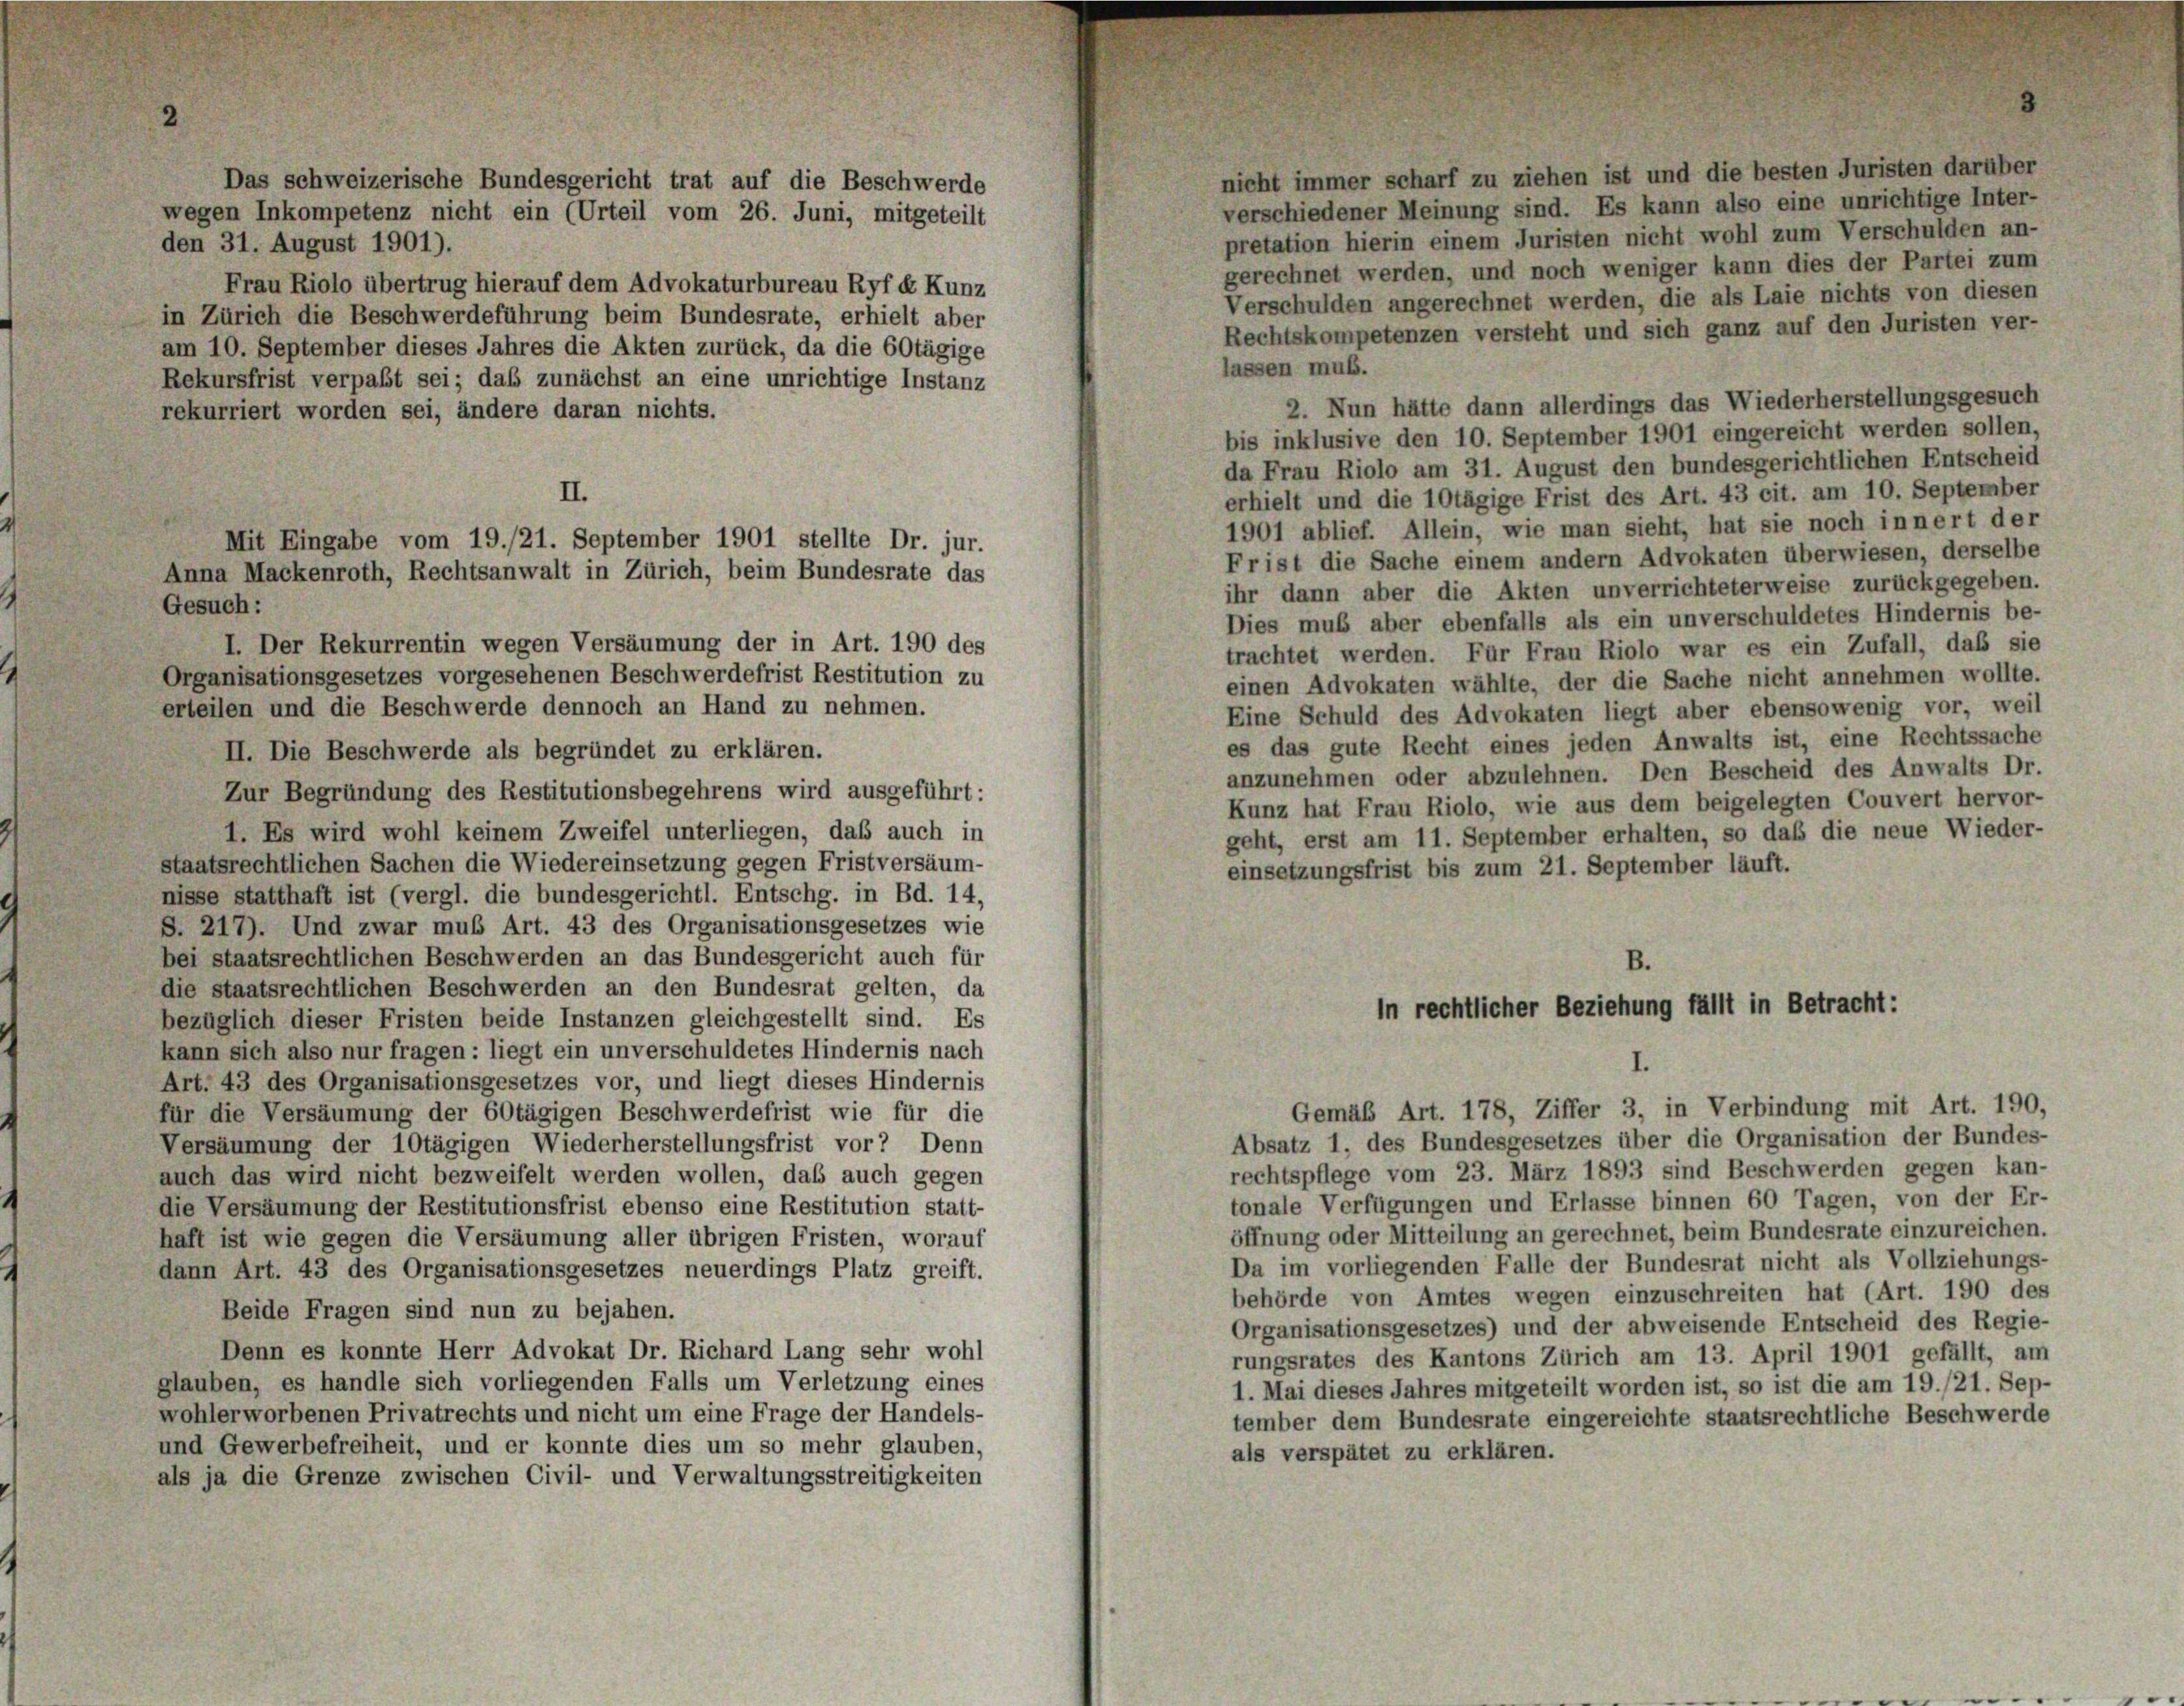
nicht immer scharf zu ziehen ist und die besten Juristen darüber
Das schweizerische Bundesgericht trat auf die Beschwerde
verschiedener Meinung sind. Es kann also eine unrichtige Inter-
wegen Inkompetenz nicht ein (Urteil vom 26. Juni, mitgeteilt
pretation hierin einem Juristen nicht wohl zum Verschulden an-
den 31. August 1901).
gerechnet werden, und noch weniger kann dies der Partei zum
Frau Riolo übertrug hierauf dem Advokaturbureau Ryf e Kunz
Verschulden angerechnet werden, die als Laie nichts von diesen
in Zürich die Beschwerdeführung beim Bundesrate, erhielt aber
Rechtskompetenzen versteht und sich ganz auf den Juristen ver-
am 10. September dieses Jahres die Akten zurück, da die 60tägige
lassen muß.
Rekursfrist verpaßt sei; das zunächst an eine unrichtige Instanz
2. Nun hätte dann allerdings das Wiederherstellungsgesuch
rekurriert worden sei, ändere daran nichts.
bis inklusive den 10. September 1901 eingereicht werden sollen,
da Frau Riolo am 31. August den bundesgerichtlichen Entscheid
II.
erhielt und die 10tägige Frist des Art. 43 cit. am 10. September
1901 ablief. Allein, wie man sieht, hat sie noch innert der
Frist die Sache einem andern Advokaten überwiesen, derselbe
Anna Mackenroth, Rechtsanwalt in Zürich, beim Bundesrate das
ihr dann aber die Akten unverrichteterweise zurückgegeben.
Gesuch:
Dies muß aber ebenfalls als ein unverschuldetes Hindernis be-
I. Der Rekurrentin wegen Versäumung der in Art. 190 des
trachtet werden. Für Frau Riolo war es ein Zufall, daß sie
Organisationsgesetzes vorgesehenen Beschwerdefrist Restitution zu
einen Advokaten wählte, der die Sache nicht annehmen wollte.
erteilen und die Beschwerde dennoch an Hand zu nehmen.
Eine Schuld des Advokaten liegt aber ebensowenig vor, weil
es das gute Recht eines jeden Anwalts ist, eine Rechtssache
II. Die Beschwerde als begründet zu erklären.
anzunehmen oder abzulehnen. Den Bescheid des Anwalts Dr.
Zur Begründung des Restitutionsbegehrens wird ausgeführt:
Kunz hat Frau Riolo, wie aus dem beigelegten Couvert hervor-
1. Es wird wohl keinem Zweifel unterliegen, daß auch in
geht, erst am 11. September erhalten, so daß die neue Wieder-
staatsrechtlichen Sachen die Wiedereinsetzung gegen Fristversäum-
einsetzungsfrist bis zum 21. September läuft.
nisse statthaft ist (vergl. die bundesgerichtl. Entschg. in Bd. 14,
S. 217). Und zwar muß Art. 43 des Organisationsgesetzes wie
bei staatsrechtlichen Beschwerden an das Bundesgericht auch für
B.
die staatsrechtlichen Beschwerden an den Bundesrat gelten, da
in rechtlicher Beziehung fällt in Betracht:
bezüglich dieser Fristen beide Instanzen gleichgestellt sind. Es
kann sich also nur fragen: liegt ein unverschuldetes Hindernis nach
Art. 43 des Organisationsgesetzes vor, und liegt dieses Hindernis
Gemäß Art. 178, Ziffer 3, in Verbindung mit Art. 190,
für die Versäumung der 60tägigen Beschwerdefrist wie für die
Absatz 1, des Bundesgesetzes über die Organisation der Bundes-
Versäumung der 10tägigen Wiederherstellungsfrist vor? Denn
rechtspflege vom 23. März 1893 sind Beschwerden gegen kan-
auch das wird nicht bezweifelt werden wollen, daß auch gegen
tonale Verfügungen und Erlasse binnen 60 Tagen, von der Er-
die Versäumung der Restitutionsfrist ebenso eine Restitution statt-
öffnung oder Mitteilung an gerechnet, beim Bundesrate einzureichen.
haft ist wie gegen die Versäumung aller übrigen Fristen, worauf
Da im vorliegenden Falle der Bundesrat nicht als Vollziehungs-
dann Art. 43 des Organisationsgesetzes neuerdings Platz greift.
behörde von Amtes wegen einzuschreiten hat (Art. 190 des
Beide Fragen sind nun zu bejahen.
Organisationsgesetzes) und der abweisende Entscheid des Regie-
Denn es konnte Herr Advokat Dr. Richard Lang sehr wohl
rungsrates des Kantons Zürich am 13. April 1901 gefällt, am
glauben, es handle sich vorliegenden Falls um Verletzung eines
1. Mai dieses Jahres mitgeteilt worden ist, so ist die am 19./21. Sep-
wohlerworbenen Privatrechts und nicht um eine Frage der Handels-
tember dem Bundesrate eingereichte staatsrechtliche Beschwerde
und Gewerbefreiheit, und er konnte dies um so mehr glauben,
als verspätet zu erklären.
als ja die Grenze zwischen Civil- und Verwaltungsstreitigkeiten

Mit Eingabe vom 19./21. September 1901 stellte Dr. jur.